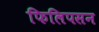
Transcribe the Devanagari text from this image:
फिलिपसन